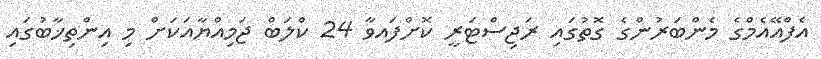
އެފްއޭއެމްގެ މެންބަރުންގެ ގޮތުގައި ރަޖިސްޓަރީ ކޮށްފައވާ 24 ކްލަބް ޖަމިއްޔާއަކަށް މި އިންތިޚާބުގައި